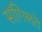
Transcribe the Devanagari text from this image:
सांगिलते